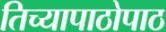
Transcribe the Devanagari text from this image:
तिच्यापाठोपाठ